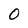
Character: 0